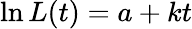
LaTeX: \ln L(t)=a+kt